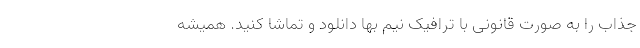
جذاب را به صورت قانونی با ترافیک نیم بها دانلود و تماشا کنید. همیشه